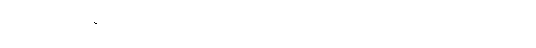
ဒါကိုကြည့်ပြီး အရသာ င်ရုံသက်သက်အတွက် ခုလိုကြံစည်တာလား ။